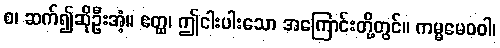
စ၊ ဆက်၍ဆိုဦးအံ့။ ဧတ္ထ၊ ဤငါးပါးသော အကြောင်းတို့တွင်။ ကမ္မမေဝဝါ၊